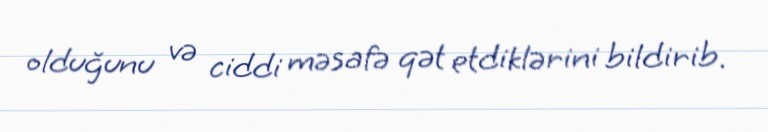
olduğunu və ciddi məsafə qət etdiklərini bildirib.